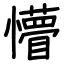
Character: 懵